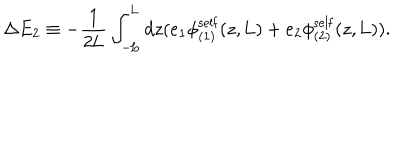
LaTeX: \Delta E _ { 2 } \equiv - \frac { 1 } { 2 \mathrm { L } } \int _ { - \mathrm { L } } ^ { \mathrm { L } } d z ( e _ { 1 } { \phi } _ { ( 1 ) } ^ { \mathrm { s e l f } } ( z , \mathrm { L } ) + e _ { 2 } { \phi } _ { ( 2 ) } ^ { \mathrm { s e l f } } ( z , \mathrm { L } ) ) .